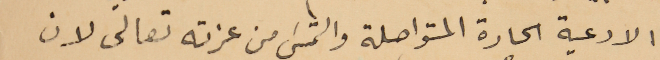
الادعية الحارة المتواصلة والتمسَ من عزته تعالى لان